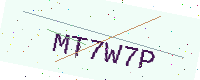
Text: MT7W7P